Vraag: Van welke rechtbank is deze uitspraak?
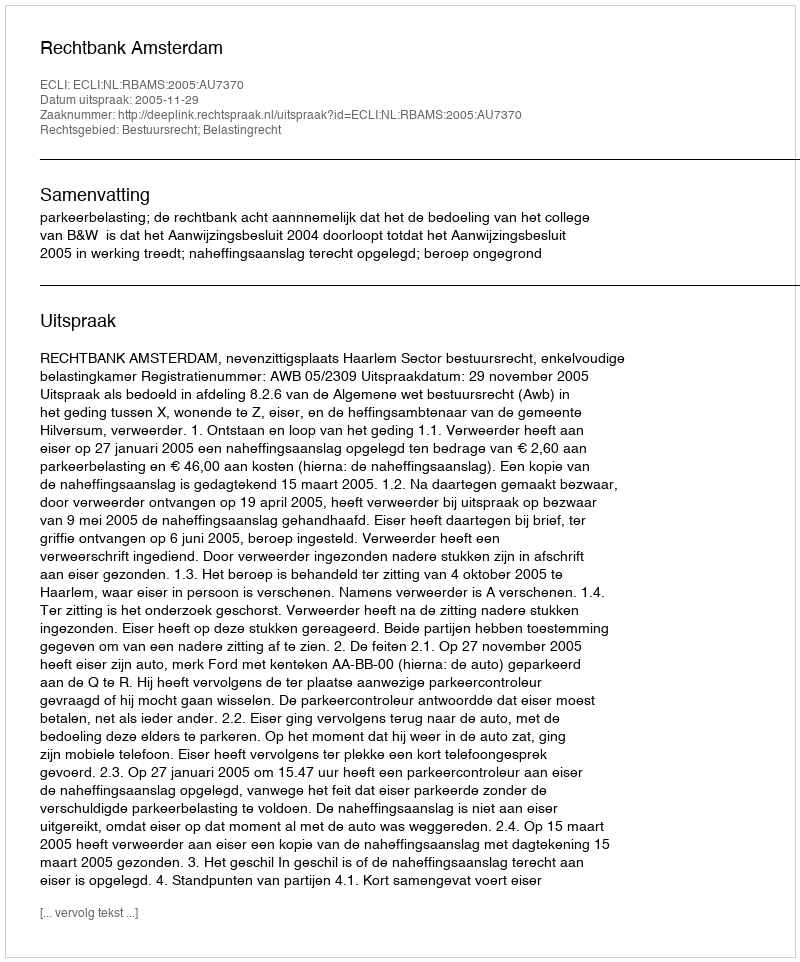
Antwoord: Rechtbank Amsterdam